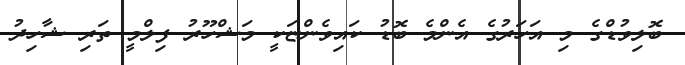
ބޮލިވުޑްގެ މި އަހަރުގެ އެންމެ ބޮޑު ކައިވެންޏަކީ މަޝްހޫރު ފިލްމީ ތަރި ޝާހިދު